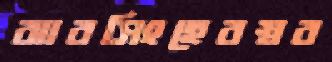
ঝারসিংহেরস্বর